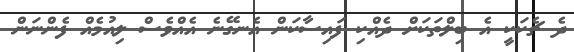
ދެ ޗެކަކީ އެ ބިލްތަކަށް ދެއްކި ފައިސާކަން އެނގޭނެ އެއްވެސް ލިއުމެއް ފެންނަން